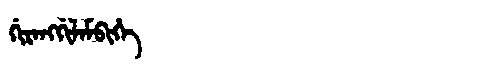
Manchu: ᡤᡳᡵᠠᠩᡤᡳᠯᠠᠮᠪᡳᡥᡝ
Romanization: GIRANGGILAMBIHE